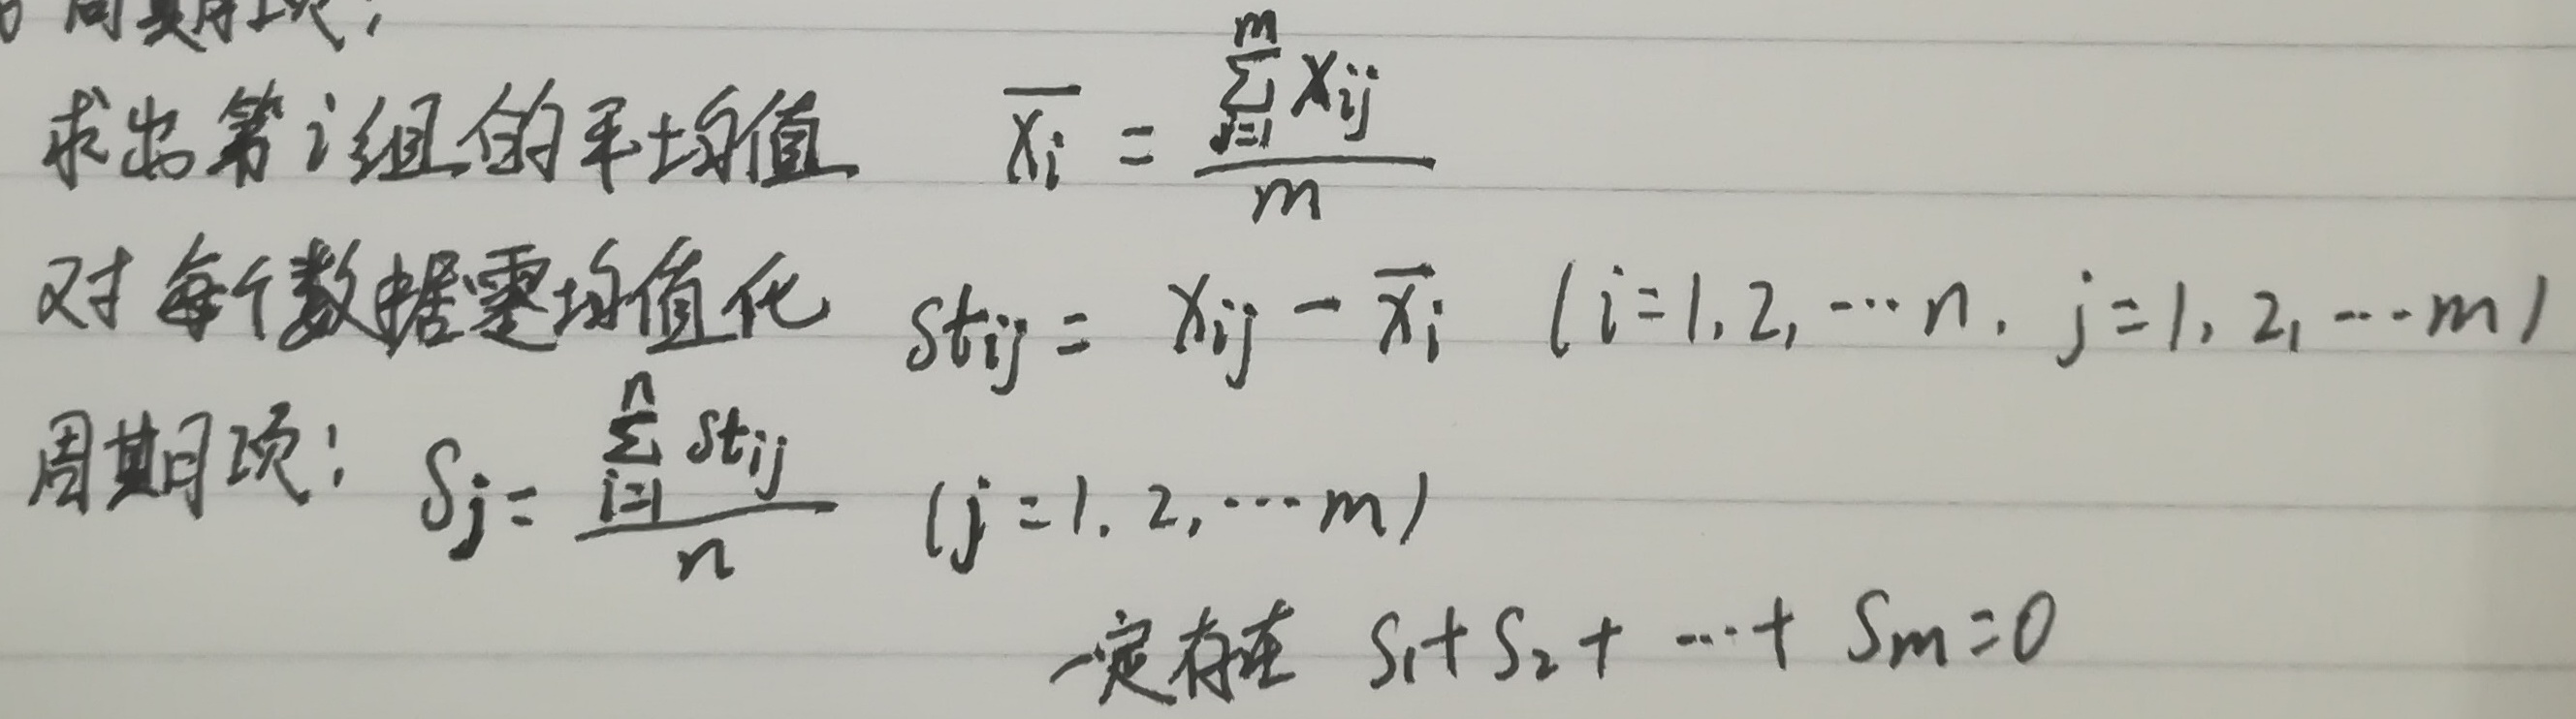
求出第\(i\)组的平均值
\(\overline{X_i} = \frac{\sum_{j = 1}^{m}X_{ij}}{m}\)
对每个数据零均值化
\(st_{ij} = X_{ij} - \overline{X_i}\ (i = 1,2,\cdots n,j = 1,2,\cdots m)\)
周期项：
\(S_j = \frac{\sum_{i = 1}^{n}st_{ij}}{n}\ (j = 1,2,\cdots m)\)
一定有 \(S_1 + S_2+\cdots+ S_m = 0\)